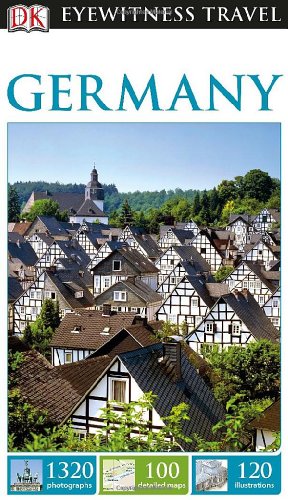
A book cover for DK Eyewitness Travel Guide: Germany; DK Publishing; Travel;